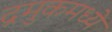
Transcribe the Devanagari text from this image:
द्रमुकमध्ये